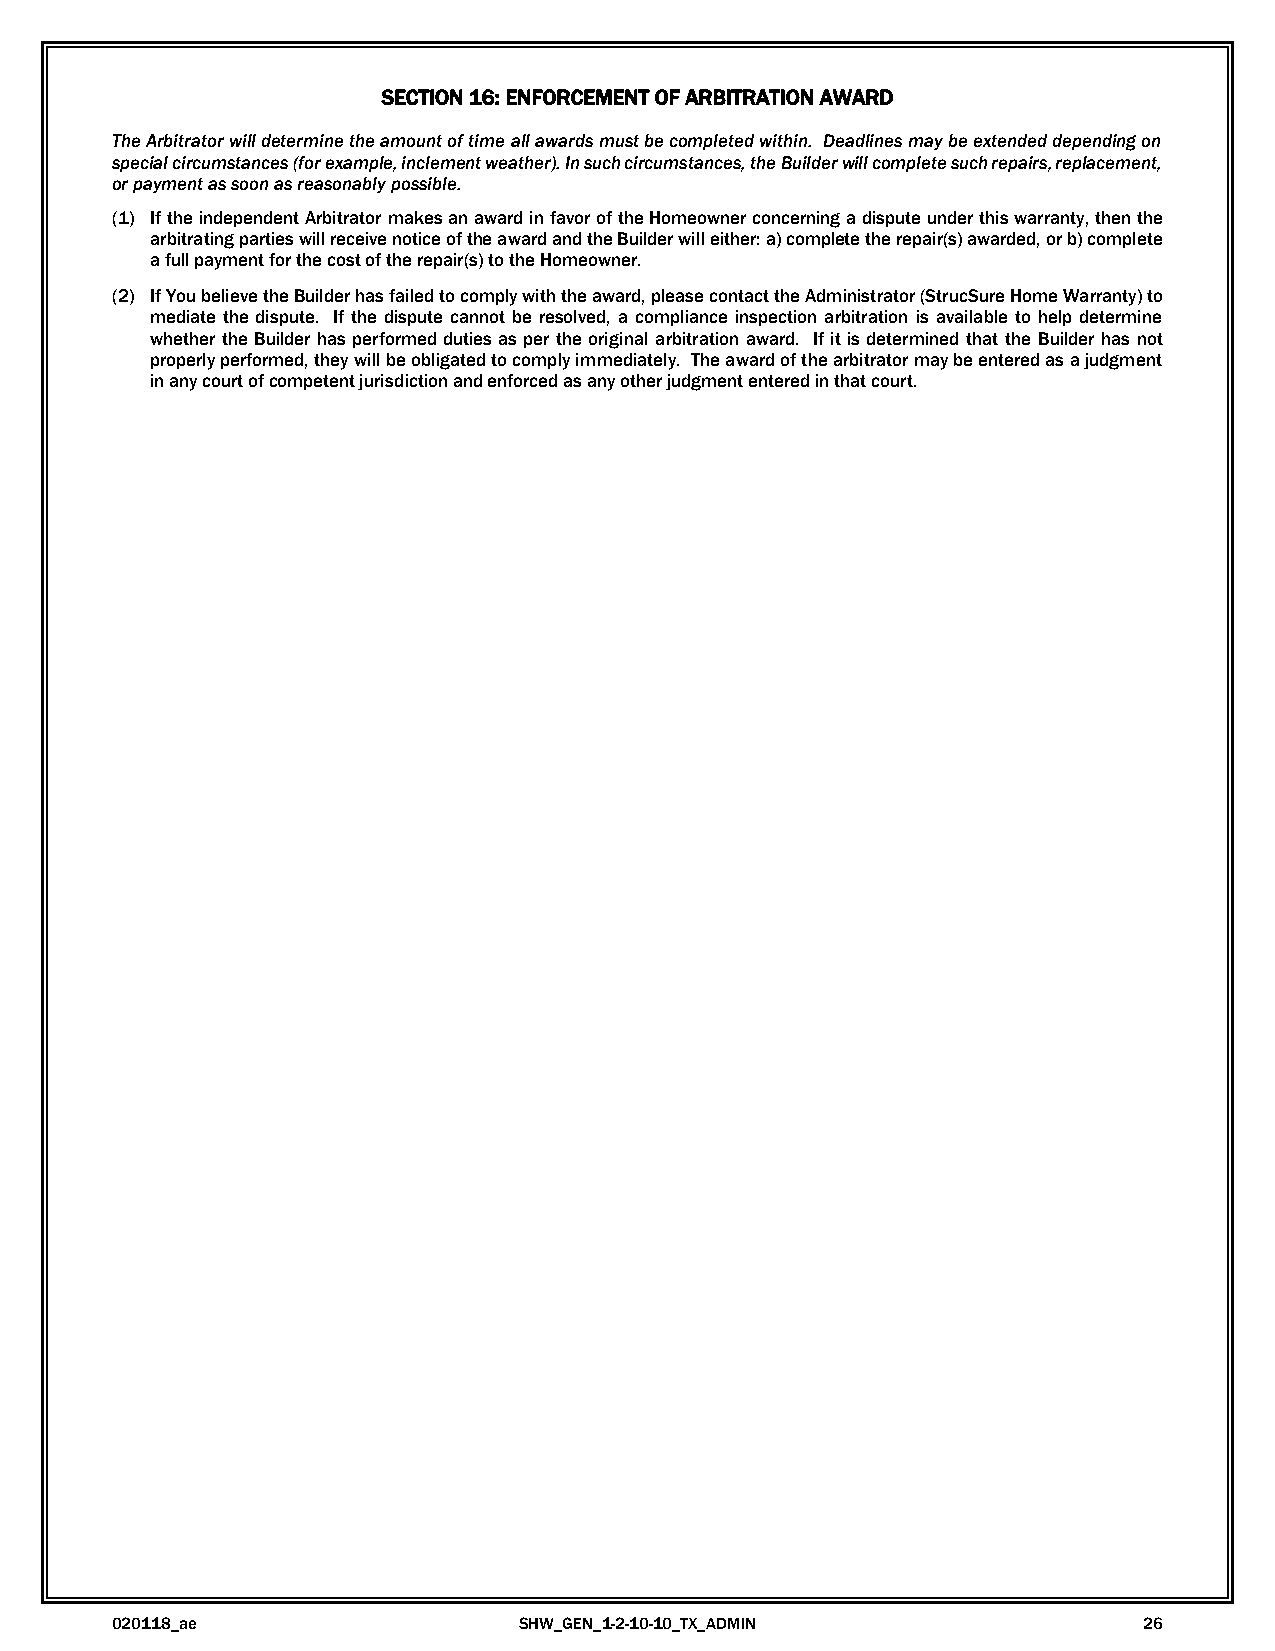
SECTION 16: ENFORCEMENT OF ARBITRATION AWARD
 The Arbitrator will determine the amount of time all awards must be completed within. Deadlines may be extended depending on
 special circumstances (for example, inclement weather). In such circumstances, the Builder will complete such repairs, replacement,
 or payment as soon as reasonably possible.
 (1) If the independent Arbitrator makes an award in favor of the Homeowner concerning a dispute under this warranty, then the
 arbitrating parties will receive notice of the award and the Builder will either: a) complete the repair(s) awarded, or b) complete
 a full payment for the cost of the repair(s) to the Homeowner.
 (2) If You believe the Builder has failed to comply with the award, please contact the Administrator (StrucSure Home Warranty) to
 mediate the dispute. If the dispute cannot be resolved, a compliance inspection arbitration is available to help determine
 whether the Builder has performed duties as per the original arbitration award. If it is determined that the Builder has not
 properly performed, they will be obligated to comply immediately. The award of the arbitrator may be entered as a judgment
 in any court of competent jurisdiction and enforced as any other judgment entered in that court.
 020118_ae                  SHW_GEN_1-2-10-10_TX_ADMIN                26